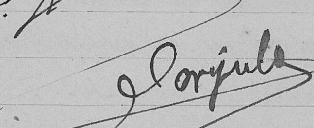
Forjuly